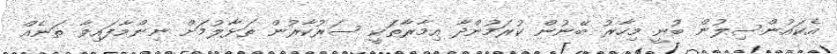
އެކައުންސިލުން ބުނީ މިހާރު ބޭނުން ކުރަމުންދާ އިމާރާތަކީ ސަރުކާރުން ތަޅާލުމަށް ނިންމާފައިވާ ތަނެއް